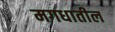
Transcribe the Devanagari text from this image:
मगधातील